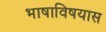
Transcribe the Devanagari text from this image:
भाषाविषयास